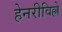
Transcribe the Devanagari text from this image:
हेनरीविल्ले